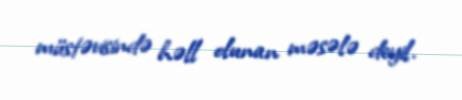
müstəvisində həll olunan məsələ deyil.